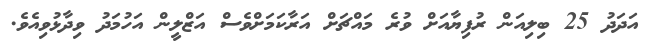
އަދަދު 25 ބިލިއަން ރުފިޔާއަށް ވުރެ މައްޗަށް އަރާކަމަށްވެސް އަޒްލީން އަހުމަދު ވިދާޅުވިއެވެ.